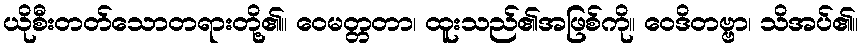
ယိုစီးတတ်သောတရားတို့၏။ ဝေမတ္တတာ၊ ထူးသည်၏အဖြစ်ကို။ ဝေဒိတဗ္ဗာ၊ သိအပ်၏။